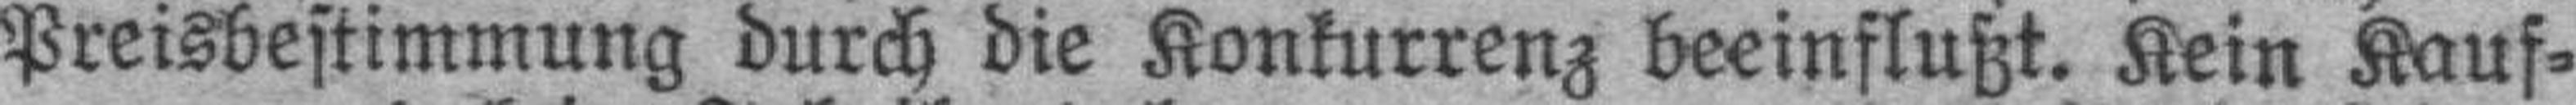
Preisbestimmung durch die Konkurrenz beeinflußt. Kein Kauf¬